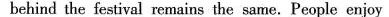
behind the festival remains the same.People enjoy